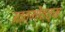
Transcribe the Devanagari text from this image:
उत्त्मोत्त्म